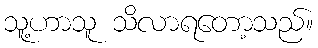
သူ့ဟာသူ သိလာရတော့သည်။